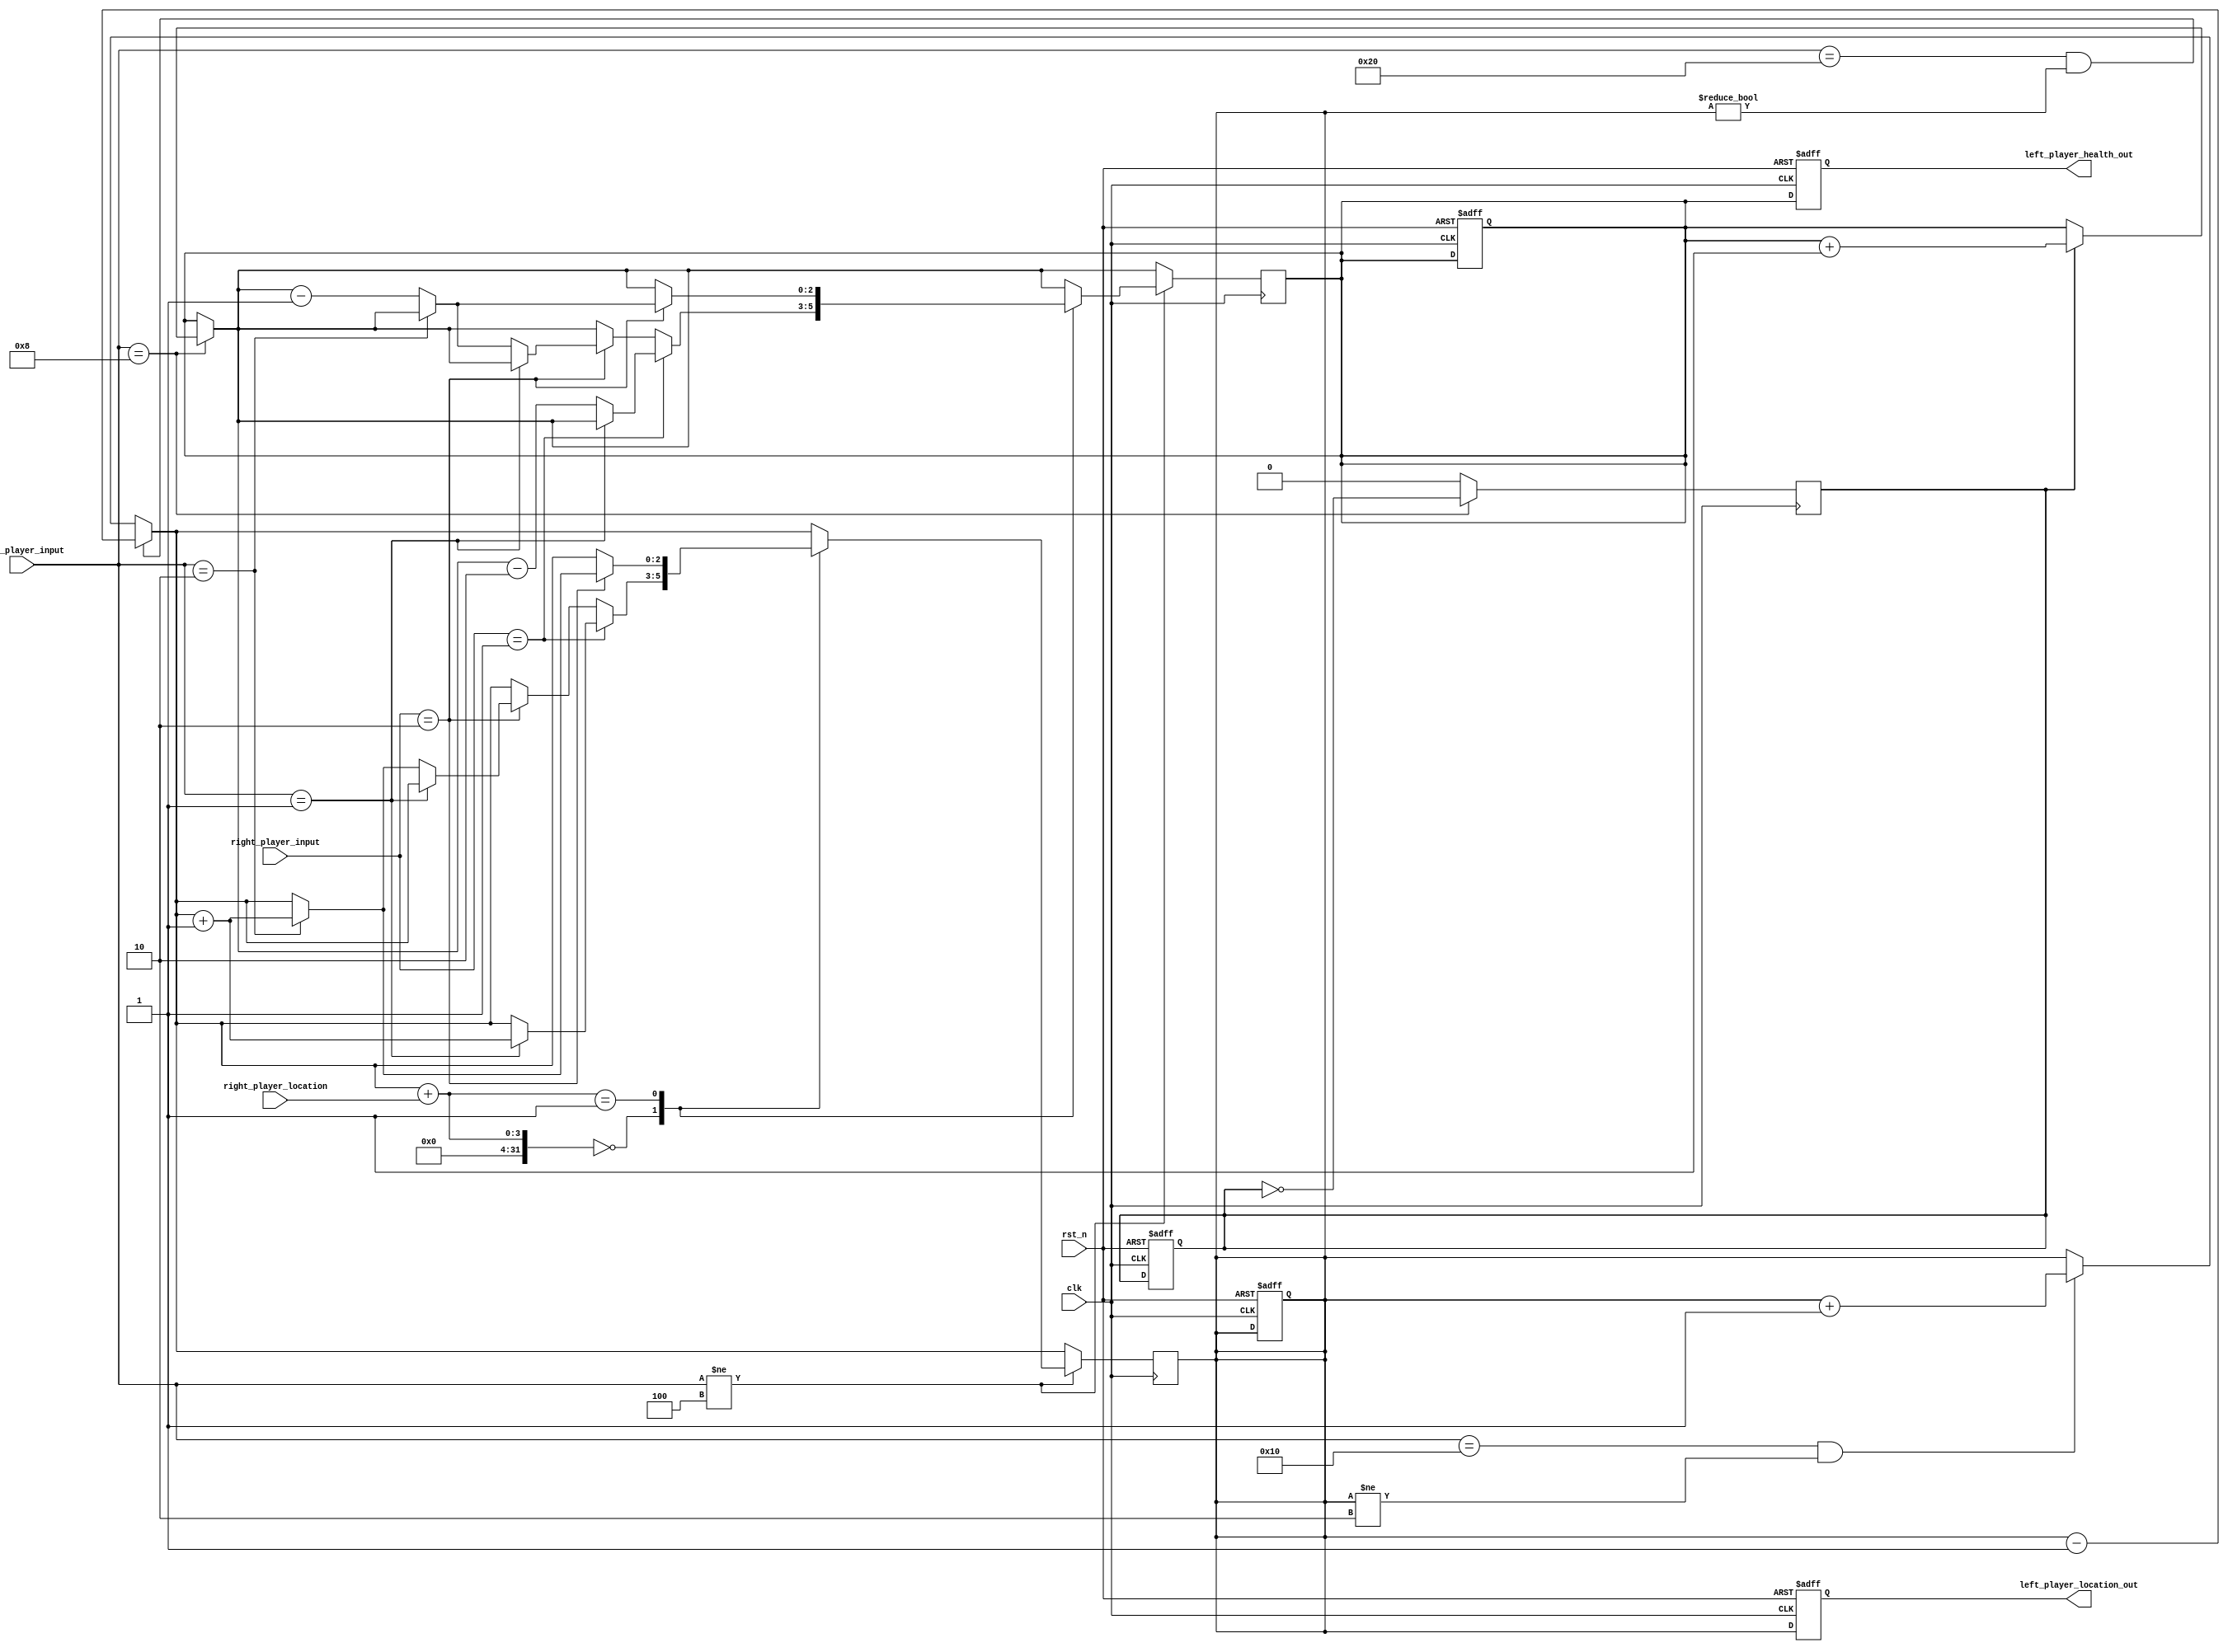
`define MOVE_RIGHT 6'b100000 
`define MOVE_LEFT  6'b010000
`define WAIT     6'b001000
`define JUMP     6'b000100
`define KICK     6'b000010
`define PUNCH    6'b000001

module LeftPlayer (
    input wire clk,
    input wire rst_n,
    input wire [5:0] right_player_input,
    input wire [5:0] left_player_input,
    input wire [2:0] right_player_location,
    output reg [2:0] left_player_location_out, // Present state
    output reg [2:0] left_player_health_out  // Present state
);

    reg [2:0] left_player_location;
    reg [2:0] left_player_health;

    reg [2:0] distance;
    reg wait_counter;


    always @(posedge clk or negedge rst_n) begin
        if (~rst_n) begin
            left_player_location = 2;
            left_player_health = 3;
            wait_counter = 0;

            left_player_location_out = 2;
            left_player_health_out = 3;
        end else begin
            left_player_location_out = left_player_location;
            left_player_health_out = left_player_health;
        end
    end

    always @(posedge clk) begin
        // apply movement input
        if (left_player_input == `MOVE_RIGHT && left_player_location != 0) begin
            left_player_location = left_player_location - 1;
        end else if (left_player_input == `MOVE_LEFT && left_player_location != 2) begin
            left_player_location = left_player_location + 1;
        end



        // handle wait input
        if (left_player_input == `WAIT) begin
            if (wait_counter == 1) begin
                left_player_health = left_player_health + 1;
            end
            wait_counter = ~wait_counter; // Toggle wait_counter
        end else begin
            wait_counter = 0; // Reset wait_counter if the input is not "wait"
        end



        // check if the right player is hit
        if (left_player_input != `JUMP) begin  // If the left player is in the air, then the right player can't be hit
            case (left_player_location + right_player_location)
                0: begin
                    if (right_player_input == `PUNCH) begin
                        if (left_player_input == `PUNCH) begin
                            left_player_location = left_player_location + 1;
                        end else begin
                            left_player_health = left_player_health - 2;
                        end
                    end else if (right_player_input == `KICK) begin
                        if (left_player_input == `PUNCH) begin
                            // Do nothing
                        end else if (left_player_input == `KICK) begin
                            left_player_location = left_player_location + 1;
                        end else begin
                            left_player_health = left_player_health - 1;
                        end
                    end
                end
                1: begin 
                    if (right_player_input == `KICK) begin
                        if (left_player_input == `KICK) begin 
                            left_player_location = left_player_location + 1;
                        end else begin
                            left_player_health = left_player_health - 1;
                        end
                    end
                end
                default: begin
                    // Do nothing
                end
            endcase
        end
    end
endmodule